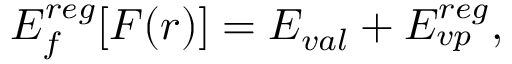
E _ { f } ^ { r e g } [ F ( r ) ] = E _ { v a l } + E _ { v p } ^ { r e g } ,